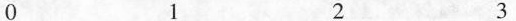
1 2 3